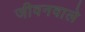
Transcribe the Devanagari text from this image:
जीवनवाले